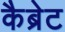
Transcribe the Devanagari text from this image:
कैब्रेट